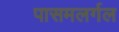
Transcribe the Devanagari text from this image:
पासमलर्गल